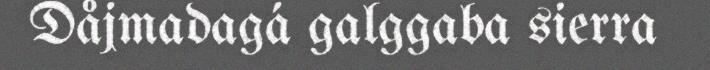
Dåjmadagá galggaba sierra